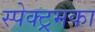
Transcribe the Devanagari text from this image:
स्पेक्ट्रमका